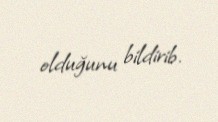
olduğunu bildirib.